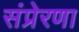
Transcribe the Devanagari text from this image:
संप्रेरणा